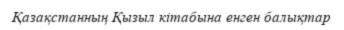
Қазақстанның Қызыл кітабына енген балықтар